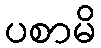
ပစာမိ